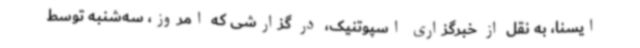
ایسنا، به نقل از خبرگزاری اسپوتنیک، در گزارشی که امروز، سه‌شنبه توسط